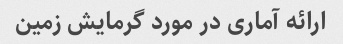
ارائه آماری در مورد گرمایش زمین